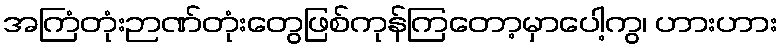
အကြံတုံးဉာဏ်တုံးတွေဖြစ်ကုန်ကြတော့မှာပေါ့ကွ၊ ဟားဟား